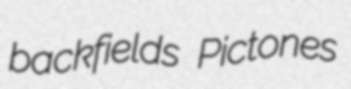
backfields Pictones